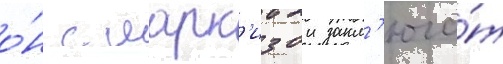
о́н с марк'изои закл'юча́т